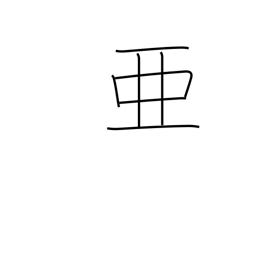
Meaning: come after